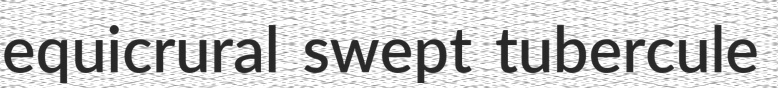
equicrural swept tubercule